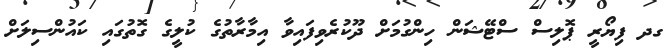
ގދ ފިޔޯރީ ޕޮލިސް ސްޓޭޝަން ހިންގުމަށް ދޫކުރެވިފައިވާ އިމާރާތުގެ ކުލީގެ ގޮތުގައި ކައުންސިލަށް